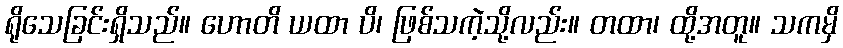
ရိုသေခြင်းရှိသည်။ ဟောတိ ယထာ ပိ၊ ဖြစ်သကဲ့သို့လည်း။ တထာ၊ ထို့အတူ။ သကမှိ